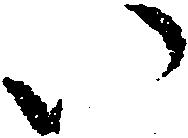
い